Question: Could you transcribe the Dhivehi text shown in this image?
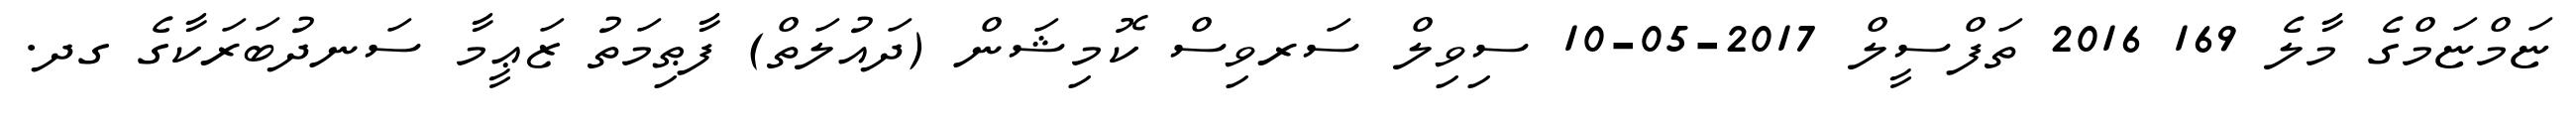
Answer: ޏަމްޏަމްގެ މާލެ 169 2016 ތަފްސީލް 2017-05-10 ސިވިލް ސަރވިސް ކޮމިޝަން (ދައުލަތް) ފާޠިމަތު ޒަޢީމާ ސަނދުބަރަކާގެ ގދ.